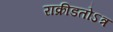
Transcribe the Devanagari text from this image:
राक्रीडतोऽत्र